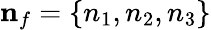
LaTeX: {\mathbf n_{f}}=\{ n_{1},n_{2},n_{3}\}